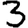
Digit: 3